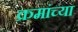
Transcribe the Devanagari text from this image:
क्रमांच्या